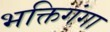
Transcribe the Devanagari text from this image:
भक्तिगंगा